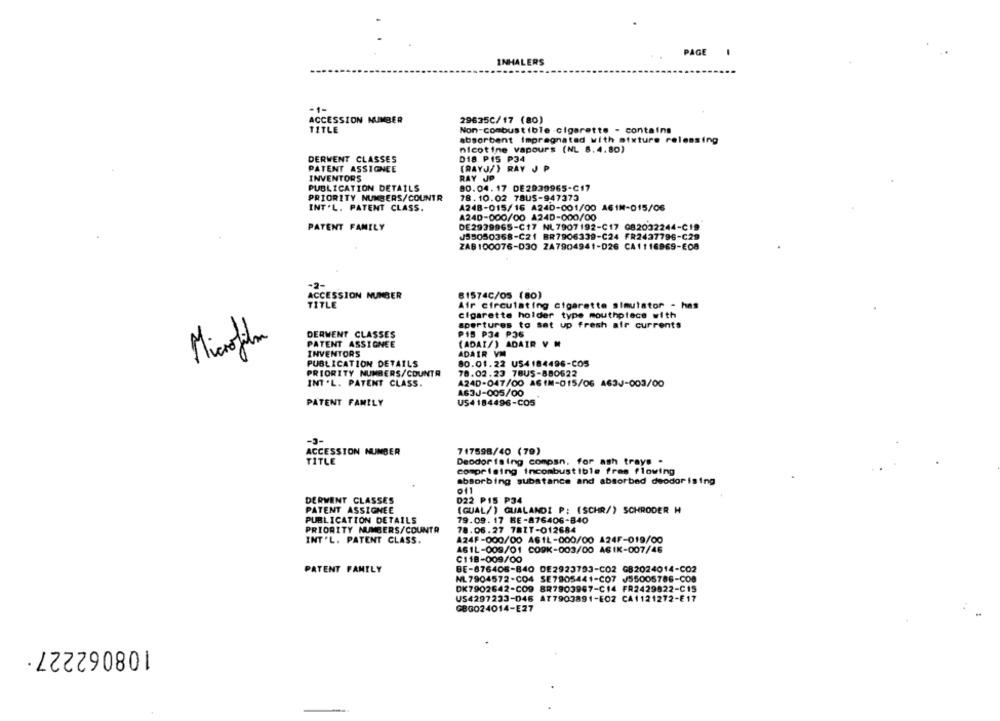
PAGE
-
INHALERS
-1-
ACCESSION NUMBER
29635C/17 (80)
TITLE
Non-combustible .cigarette - contains
absorbent Impregnated with mixture relessing
nicotine vapours (NL 8.4.80)
DERWENT CLASSES
D18 PIS P34
PATENT ASSIGNEE
(RAYJ/} RAY J P
INVENTORS
RAY JP
PUBLICATION DETAILS
80.04. 17 DE2939965-C17
PRIORITY NUMBERS/COUNTR
78. 10.02 78US-947373
INT.L. PATENT CLASS.
A248-015/16 A240-001/00 A61M-015/06
A240-000/00 A24D-000/00
PATENT FAMILY
DE2939965-C17 NL7907192-C17 GB2032244-C19
JS5050368-C21 BR7906339-C24 FR2437796-C29
ZAB100076-D30 2A7904941-D26 CA1116969-E08
-2-
ACCESSION NUMBER
81574C/O5 (80)
TITLE
Air circulating cigarette simulator - has
cigarette holder type mouthpiece with
apertures to set up fresh air currents
DERWENT CLASSES
PIS P34 P36
Microfilm
PATENT ASSIGNEE
(ADAI/) ADAIR V M
INVENTORS
ADAIR VM
PUBLICATION DETAILS
80.01.22 US4184496-COS
PRIORITY NUMBERS/COUNTR
78.02.23 78US-880622
INT .L. PATENT CLASS.
A24D-047/00 ASIM-015/06 A63J-003/00
A63J-005/00
PATENT FAMILY
US4 184496-CO5
ACCESSION NUMBER
717598/40 (79)
TITLE
Deodortsing compsn. for ash trays .
comprising incombustible fres flowing
absorbing substance and absorbed deodorising
011
DERWENT CLASSES
D22 PIS P34
PATENT ASSIGNEE
(QUAL/) GUALANDI P: (SCHR/) SCHRODER H
PUBLICATION DETAILS
79.09. 17 BE-876406-840
PRIORITY NUMBERS/COUNTR
78.06.27 78IT-012684
INT'L. PATENT CLASS.
A24F-000/00 AS1L-000/00 A24F-019/00
ASIL-008/01 COOK-003/00 ASIK-007/46
C118-009/00
PATENT FAMILY
BE-876406-840 DE2923793-CO2 GB2024014-CO2
NL7904572-CO4 SE7905441-C07 J55005786-CO8
DK7902642-CO9 8R7903967-C14 FR2429822-C15
US4297233-046 AT7903891-E02 CA1121272-E17
G8G024014-E27
108062227·